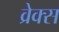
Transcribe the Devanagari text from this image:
व्रेक्स